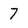
Character: 7